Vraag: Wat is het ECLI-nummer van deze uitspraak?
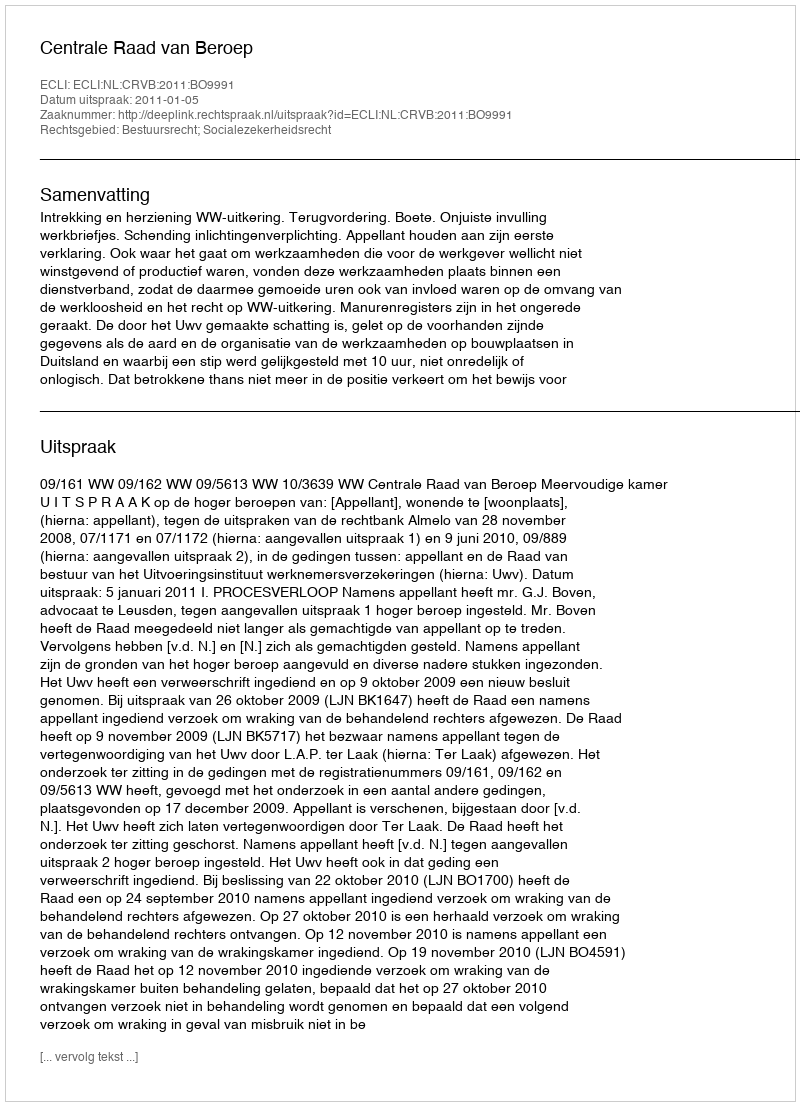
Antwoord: ECLI:NL:CRVB:2011:BO9991